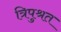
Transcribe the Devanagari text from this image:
त्रिपुश्रत